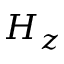
H _ { z }